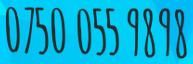
0750 055 9898